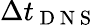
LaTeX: \Delta t_{\mathrm{~D~N~S~}}